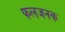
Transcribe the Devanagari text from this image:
फलजनक